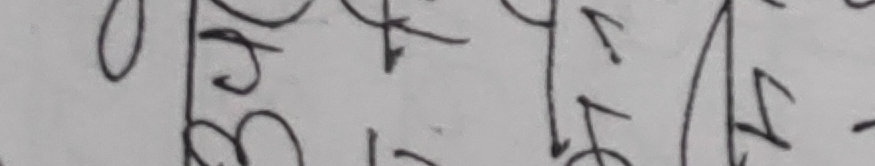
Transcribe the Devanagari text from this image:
६५ ५५ १६ -